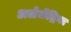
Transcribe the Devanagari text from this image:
अलेजेंद्रिया